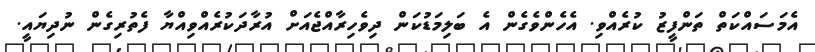
އެމަސައްކަތް ތަންފީޒު ކުރެއްވި. އެހެންވެގެން އެ ބަލިމަޑުކަން ދިވެހިރާއްޖެއަށް އުރާދަކުރެއްވިއްޔާ ފެތުރިގެން ނުދިޔައީ.